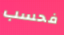
فحسب